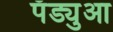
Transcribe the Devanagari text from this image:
पॅड्युआ